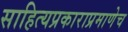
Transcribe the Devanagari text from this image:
साहित्यप्रकाराप्रमाणेच